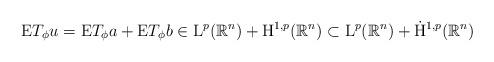
LaTeX: \begin{align*} \mathrm{E}T_\phi u = \mathrm{E}T_\phi a + \mathrm{E}T_\phi b \in {\mathrm{L}}^{p}(\mathbb{R}^n) +{\mathrm{H}}^{1,p}(\mathbb{R}^n) \subset \mathrm{L}^p(\mathbb{R}^n) + \dot{\mathrm{H}}^{1,p}(\mathbb{R}^n)\end{align*}